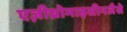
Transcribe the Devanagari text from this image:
एज़ीथ्रोमाइसीनजैसे